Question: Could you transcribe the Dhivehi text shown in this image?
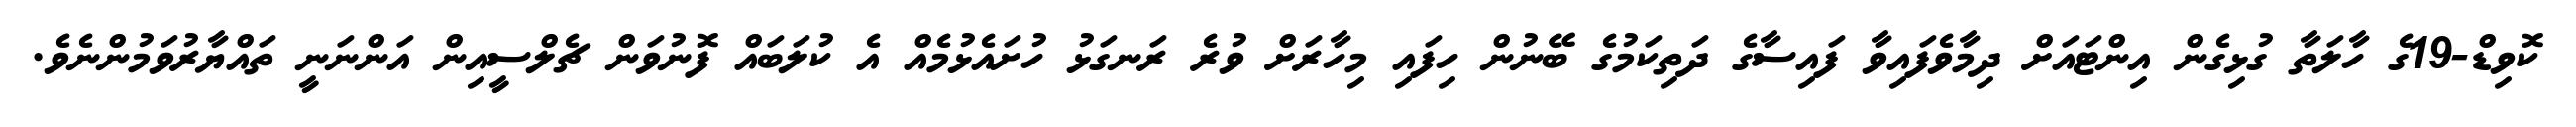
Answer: ކޮވިޑް-19ގެ ހާލަތާ ގުޅިގެން އިންޓައަށް ދިމާވެފައިވާ ފައިސާގެ ދަތިކަމުގެ ބޭނުން ހިފައި މިހާރަށް ވުރެ ރަނގަޅު ހުށައެޅުމެއް އެ ކުލަބައް ފޮނުވަން ޗެލްސީއިން އަންނަނީ ތައްޔާރުވަމުންނެވެ.